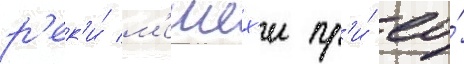
р'ек'и́ м'ешех'и пр'и́ ео́